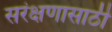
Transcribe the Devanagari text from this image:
सरंक्षणासाठी